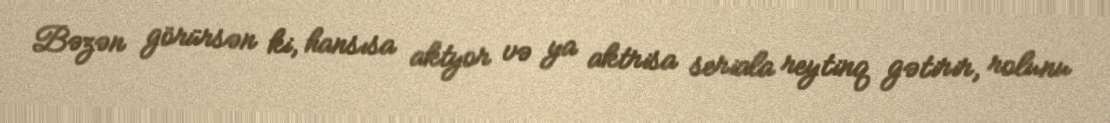
Bəzən görürsən ki, hansısa aktyor və ya aktrisa seriala reytinq gətirir, rolunu